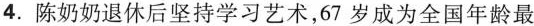
4.陈奶奶退休后坚持学习艺术，67岁成为全国年龄最